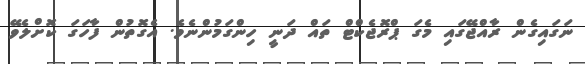
ނަގައިގެން ރާއްޖޭގައި މެގަ ޕްރޮޖެކްޓް ތައް ދަނީ ހިންގަމުންނެވެ. އެގޮތުން ފާހަގަ ކޮށްލެވޭ